Distribution and causation of leprosy in British India
Year: 1875
Disease focus: Leprosy
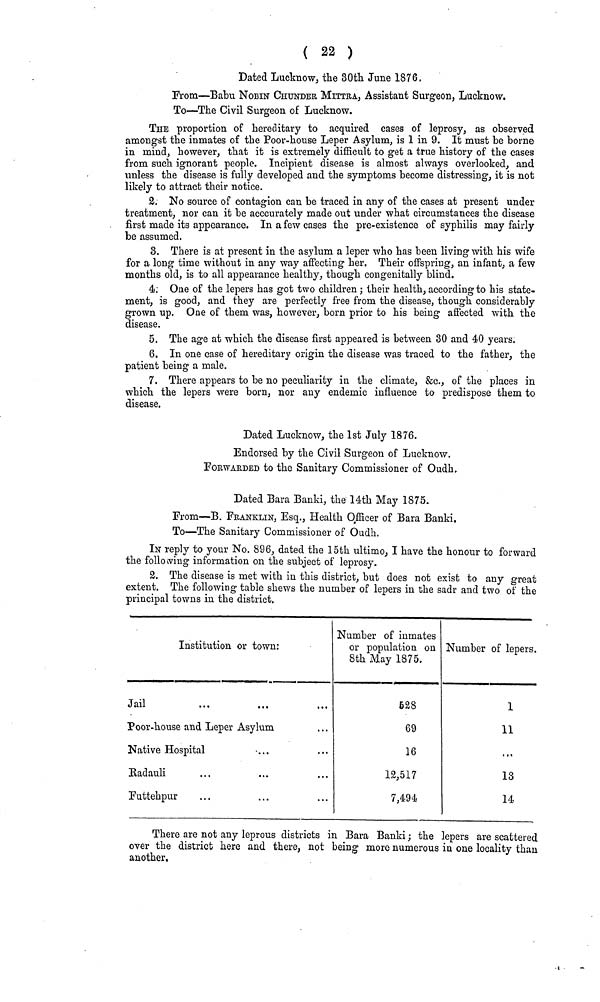
( 22 )
Dated Lucknow, the 30th June 1876.
From—Babu NOBIN CHUNDER MITTRA, Assistant Surgeon, Lucknow.
To—The Civil Surgeon of Lucknow.
THE proportion of hereditary to acquired cases of leprosy, as observed
amongst the inmates of the Poor-house Leper Asylum, is 1 in 9. It must be borne
in mind, however, that it is extremely difficult to get a true history of the cases
from such ignorant people. Incipient disease is almost always overlooked, and
unless the disease is fully developed and the symptoms become distressing, it is not
likely to attract their notice.
2. No source of contagion can be traced in any of the cases at present under
treatment, nor can it be acccurately made out under what circumstances the disease
first made its appearance. In a few cases the pre-existence of syphilis may fairly
be assumed.
3. There is at present in the asylum a leper who has been living with his wife
for a long time without in any way affecting her. Their offspring, an infant, a few
months old, is to all appearance healthy, though congenitally blind.
4. One of the lepers has got two children ; their health, according to his state-
ment, is good, and they are perfectly free from the disease, though considerably
grown up. One of them was, however, born prior to his being affected with the
disease.
5. The age at which the disease first appeared is between 30 and 40 years.
6. In one case of hereditary origin the disease was traced to the father, the
patient being a male.
7. There appears to be no peculiarity in the climate, &c., of the places in
which the lepers were born, nor any endemic influence to predispose them to
disease.
Dated Lucknow, the 1st July 1876.
Endorsed by the Civil Surgeon of Lucknow.
FORWARDED to the Sanitary Commissioner of Oudh.
Dated Bara Banki, the 14th May 1875.
From—B. FRANKLIN, Esq., Health Officer of Bara Banki.
To—The Sanitary Commissioner of Oudh.
IN reply to your No. 896, dated the 15th ultimo, I have the honour to forward
the following information 011 the subject of leprosy.
2. The disease is met with in this district, but does not exist to any great
extent. The following table shews the number of lepers in the sadr and two of the
principal towns in the district.
Institution or town :
Jail
Poor-house and Leper Asylum
Native Hospital
Radauli
Futtehpur
Number of inmates
or population on
8th May 1875.
628
69
16
12,517
7,494
Number of lepers.
1
11
...
13
14
There are not any leprous districts in Bara Banki ; the lepers are scattered
over the district here and there, not being more numerous in one locality than
another.